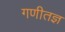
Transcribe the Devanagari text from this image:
गणीतज्ञ